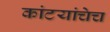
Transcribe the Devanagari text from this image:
कांटयांचेच